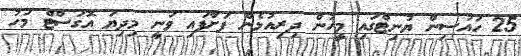
25 ހައުސިން ޔުނިޓްގައި މީހުން ދިރިއުޅެން ފަށާފައި ވަނީ މިދިޔަ އޮގަސްޓް މަހު